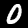
Digit: 0